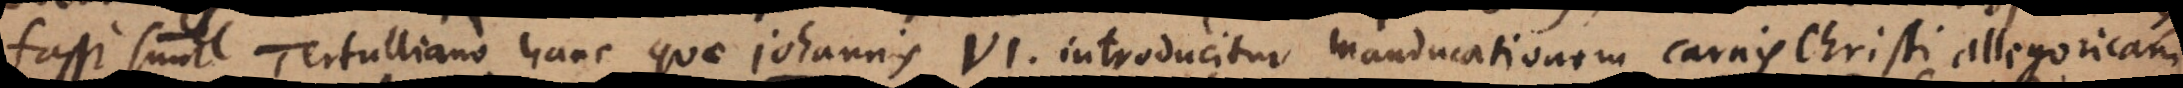
fassi sunt Tertulliano hanc quae Johannis VI. introducitur manducationem carnis Christi allegoricam